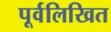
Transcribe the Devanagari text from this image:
पूर्वलिखित